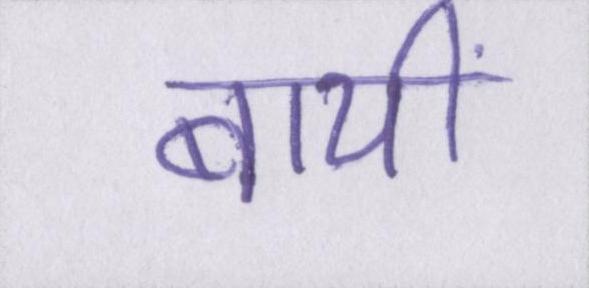
बायीं